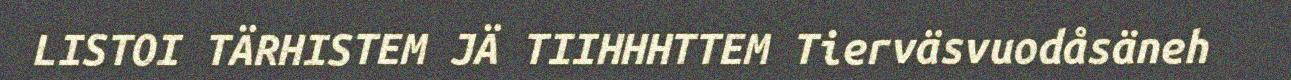
LISTOI TÄRHISTEM JÄ TIIHHHTTEM Tierväsvuodåsäneh